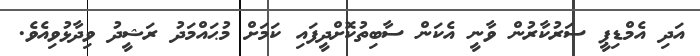
އަދި އެމްޑިޕީ ސަރުކާރުން ވާނީ އެކަން ސާބިތުކޮށްދީފައި ކަމަށް މުޙައްމަދު ރަޝީދު ވިދާޅުވިއެވެ.